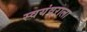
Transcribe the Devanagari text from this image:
स्वयंवराला